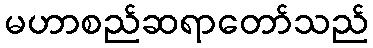
မဟာစည်ဆရာတော်သည်